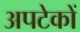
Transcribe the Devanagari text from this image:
अपटेकों